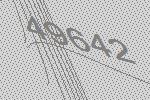
49642